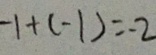
- 1 + ( - 1 ) = - 2